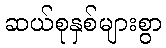
ဆယ်စုနှစ်များစွာ